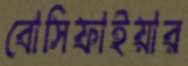
বোসিফাইয়ার